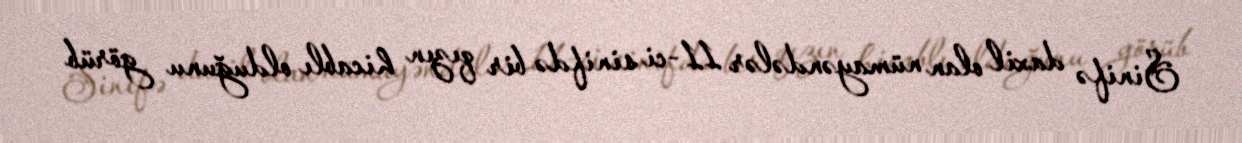
Sinifə daxil olan nümayəndələr 11-ci sinifdə bir qızın hicablı olduğunu görüb